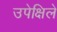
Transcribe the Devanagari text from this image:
उपेक्षिले